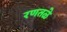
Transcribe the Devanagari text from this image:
रणतळे